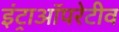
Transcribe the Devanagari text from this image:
इंट्राऑपरेटीव